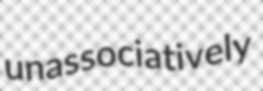
unassociatively